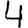
Digit: 4